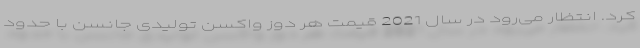
کرد. انتظار می‌رود در سال 2021 قیمت هر دوز واکسن تولیدی جانسن با حدود